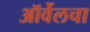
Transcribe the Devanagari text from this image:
ऑर्वेलचा